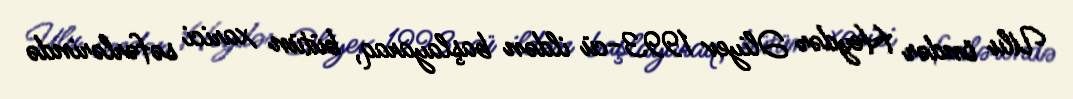
Ulu öndər Heydər Əliyev 1993-cü ildən başlayaraq, bütün xarici səfərlərində